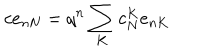
LaTeX: c e _ { n N } = q ^ { n } \sum _ { K } c _ { N } ^ { K } e _ { n K }